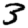
Digit: 3